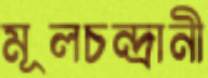
মূলচন্দ্রানী